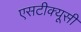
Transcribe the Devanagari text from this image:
एसटीक्यूसी